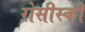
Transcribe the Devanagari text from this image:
रोसीस्की